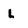
Character: L